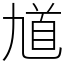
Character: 馗